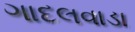
ગાદલવાડા